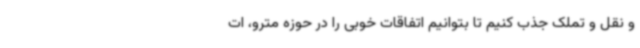
و نقل و تملک جذب کنیم تا بتوانیم اتفاقات خوبی را در حوزه مترو، ات